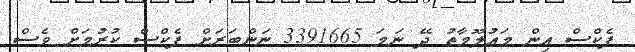
ފެކްސް އިން މައުލޫމާތު ދޭ ނަމަ 3391665 ނަންބަރަށް ފެކްސް ކުރުމަށް ވެސް